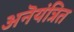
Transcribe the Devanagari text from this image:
अनॆयंत्रित